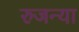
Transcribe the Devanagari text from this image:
रुजन्या